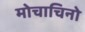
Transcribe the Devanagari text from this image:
मोचाचिनो